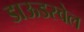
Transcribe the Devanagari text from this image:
डाऊडस्वेल